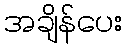
အချိန်ပေး